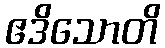
ဧဒိသောတိ